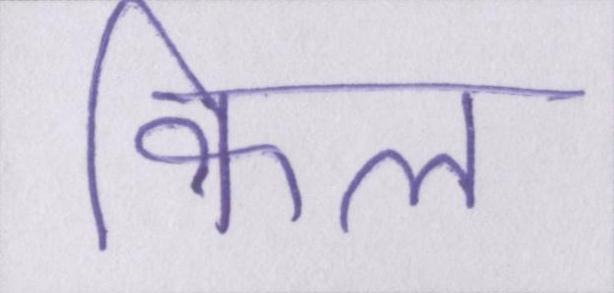
किल